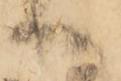
へ